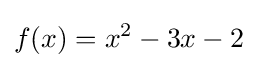
f(x)=x^{2}-3x-2